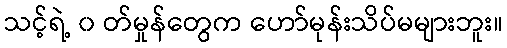
သင့်ရဲ့ ၀ တ်မှုန်တွေက ဟော်မုန်းသိပ်မများဘူး။